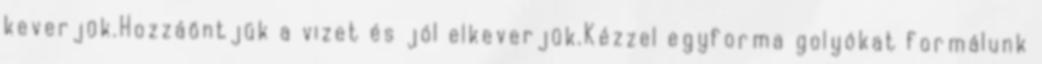
keverjük.Hozzáöntjük a vizet és jól elkeverjük.Kézzel egyforma golyókat formálunk